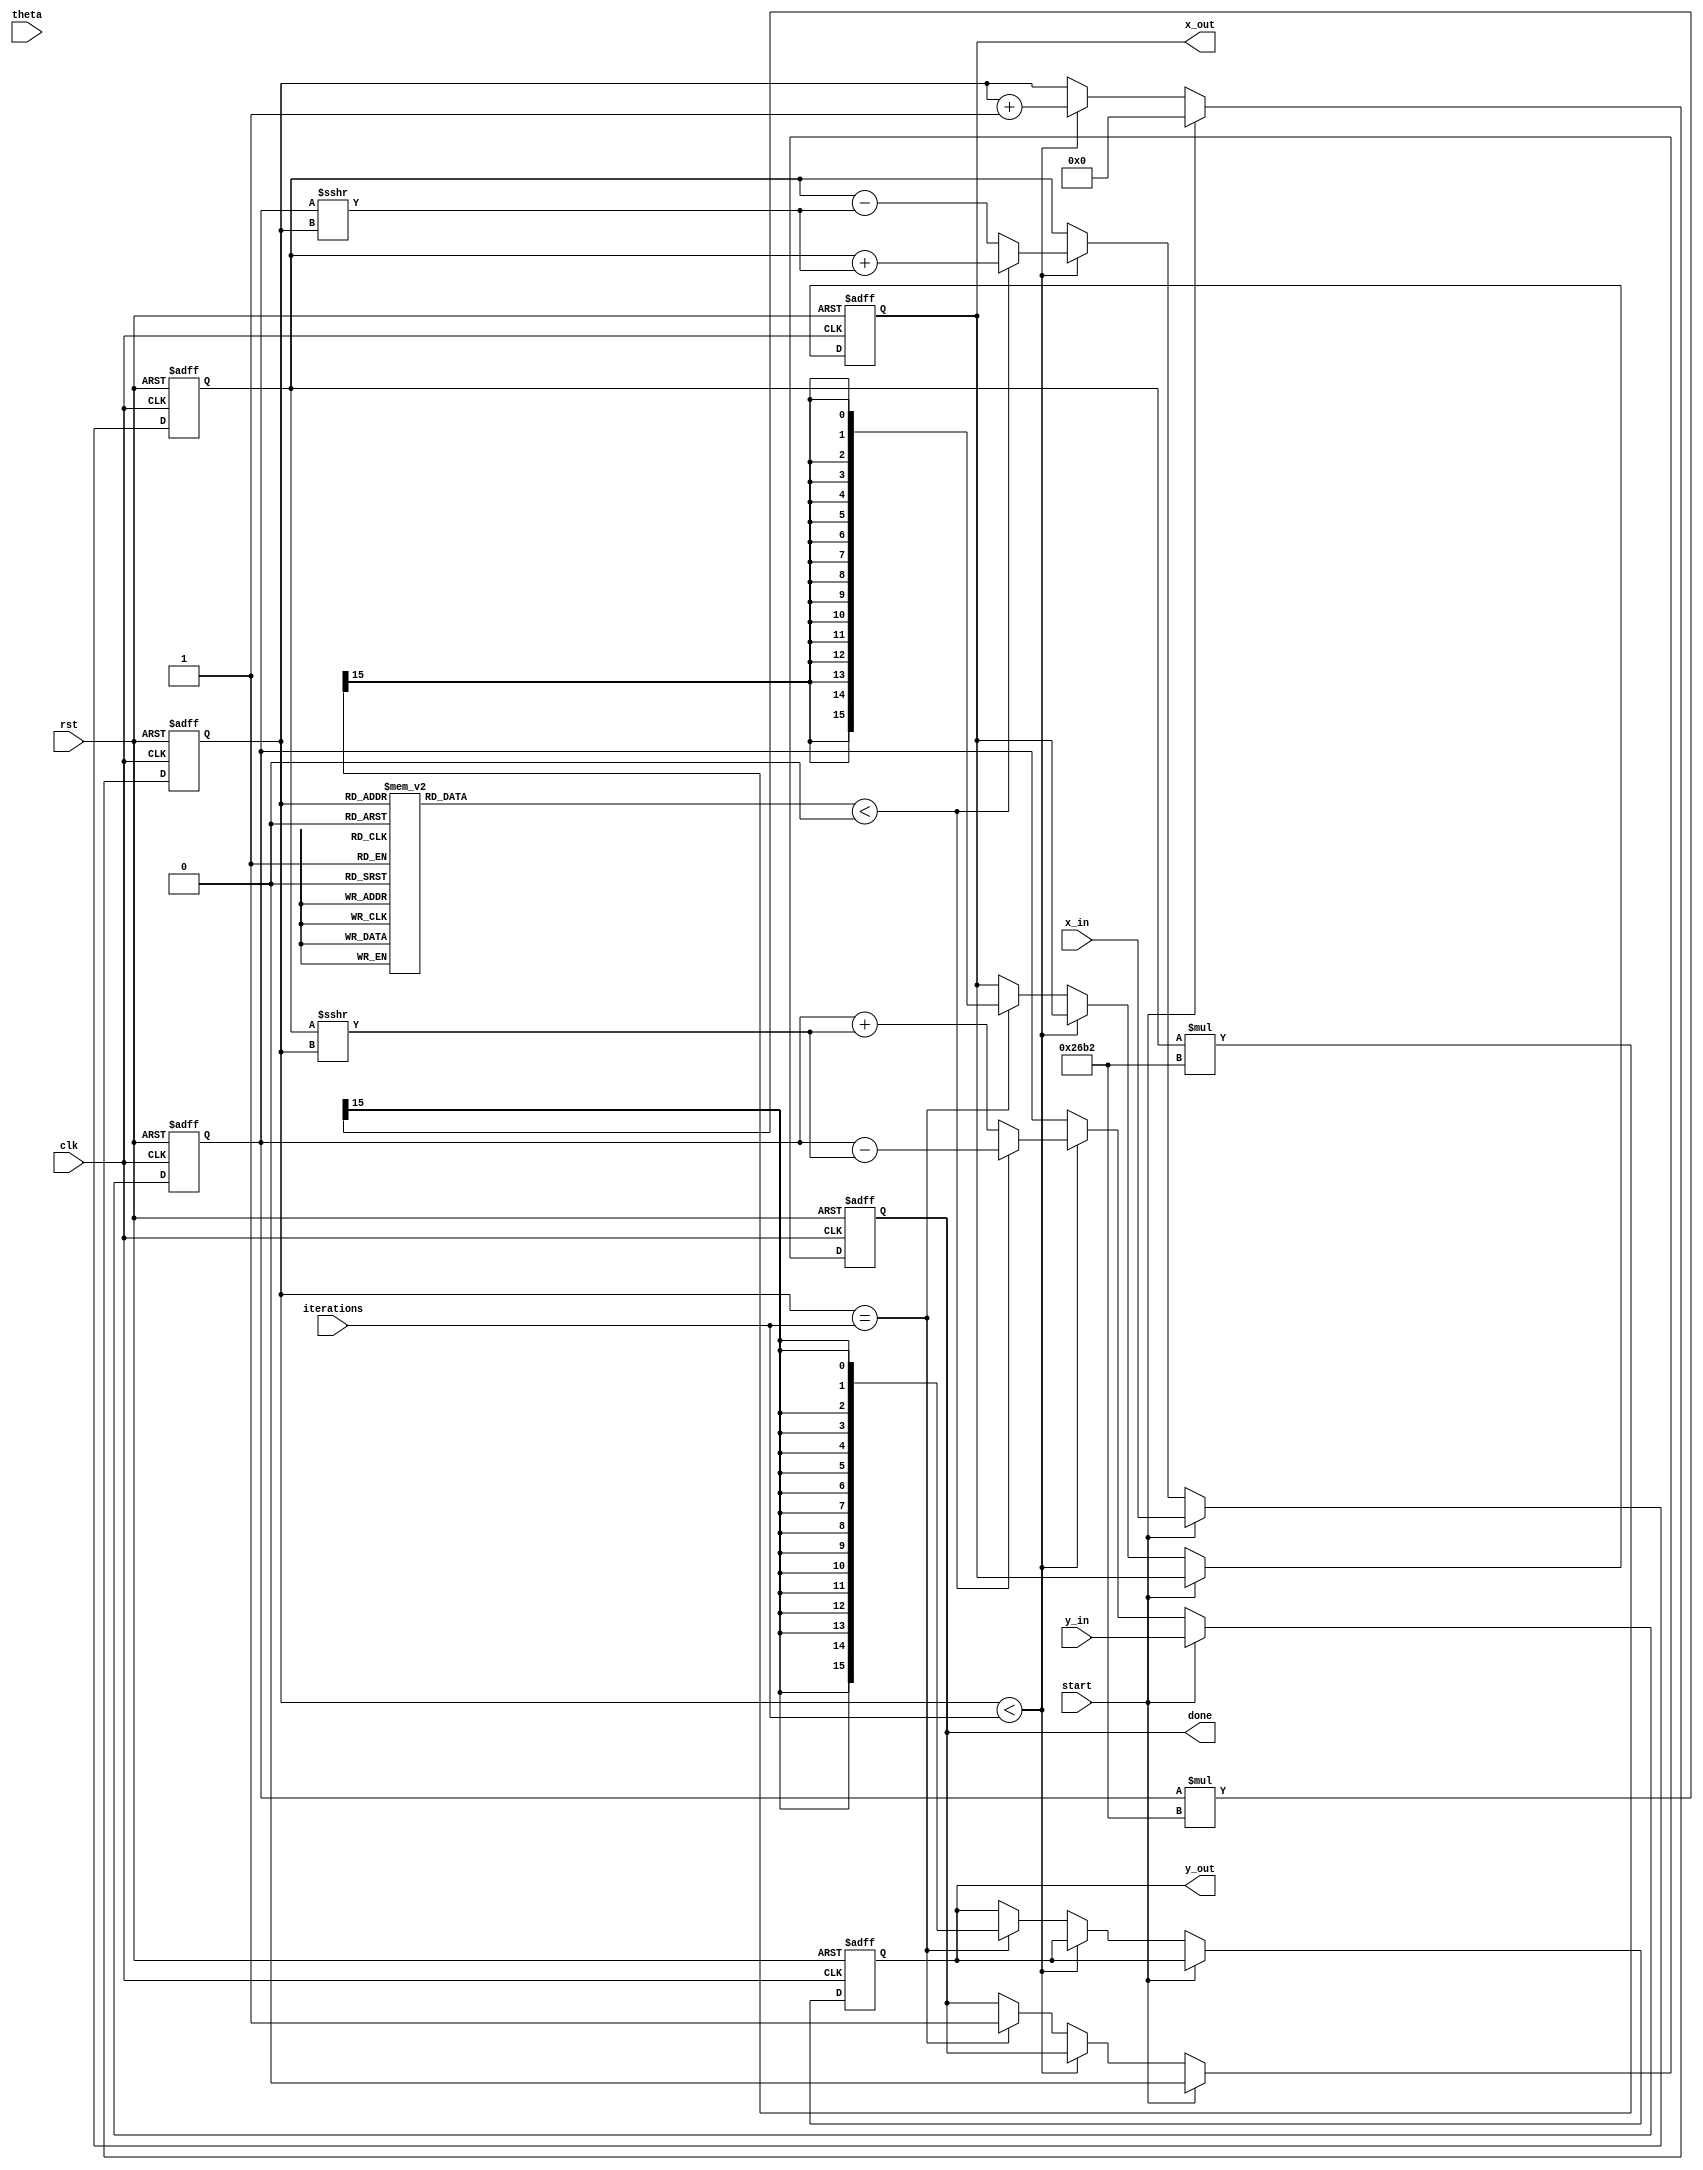
module cordic (
    input wire clk,
    input wire rst,
    input wire start,
    input wire signed [15:0] theta, // Input angle in fixed-point format
    input wire signed [15:0] x_in,   // Initial x vector
    input wire signed [15:0] y_in,   // Initial y vector
    input wire [3:0] iterations,     // Number of iterations for precision control
    output reg signed [15:0] x_out,  // Output x after rotation
    output reg signed [15:0] y_out,  // Output y after rotation
    output reg done                  // Indicates completion of operation
);

    // Pre-computed angle table (in fixed-point format)
    reg signed [15:0] angle_table [0:15]; // Adjust size based on precision
    initial begin
        angle_table[0] = 16'h0000; // atan(2^0)
        angle_table[1] = 16'h3C90; // atan(2^-1)
        angle_table[2] = 16'h3A30; // atan(2^-2)
        angle_table[3] = 16'h38E0; // atan(2^-3)
        angle_table[4] = 16'h3870; // atan(2^-4)
        angle_table[5] = 16'h3850; // atan(2^-5)
        angle_table[6] = 16'h3840; // atan(2^-6)
        angle_table[7] = 16'h3830; // atan(2^-7)
        angle_table[8] = 16'h3820; // atan(2^-8)
        angle_table[9] = 16'h3810; // atan(2^-9)
        angle_table[10] = 16'h3800; // atan(2^-10)
        angle_table[11] = 16'h37F0; // atan(2^-11)
        angle_table[12] = 16'h37E0; // atan(2^-12)
        angle_table[13] = 16'h37D0; // atan(2^-13)
        angle_table[14] = 16'h37C0; // atan(2^-14)
        angle_table[15] = 16'h37B0; // atan(2^-15)
    end

    // Scaling factor (pre-computed)
    parameter signed [15:0] SCALE_FACTOR = 16'h26B2; // Approx. 0.6072 in fixed-point

    // Internal registers
    reg signed [15:0] x, y;
    reg [3:0] count;
    reg signed [15:0] angle;

    // Control logic
    always @(posedge clk or posedge rst) begin
        if (rst) begin
            x <= 0;
            y <= 0;
            count <= 0;
            done <= 0;
            x_out <= 0;
            y_out <= 0;
        end else if (start) begin
            x <= x_in;
            y <= y_in;
            angle <= theta;
            count <= 0;
            done <= 0;
        end else if (count < iterations) begin
            // Fetch the pre-computed angle
            angle = angle_table[count];

            // Perform rotation
            if (angle < 0) begin
                // Rotate counter-clockwise
                x <= x + (y >>> count);
                y <= y - (x >>> count);
            end else begin
                // Rotate clockwise
                x <= x - (y >>> count);
                y <= y + (x >>> count);
            end

            count <= count + 1;
        end else if (count == iterations) begin
            // Apply scaling factor
            x_out <= (x * SCALE_FACTOR) >>> 15; // Adjust for fixed-point scaling
            y_out <= (y * SCALE_FACTOR) >>> 15; // Adjust for fixed-point scaling
            done <= 1;
        end
    end

endmodule